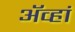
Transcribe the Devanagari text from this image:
ॲव्हां